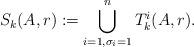
LaTeX: \begin{align*}S_k(A,r):=\bigcup_{i=1,\sigma_i=1}^n T_k^i(A,r).\end{align*}